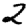
Digit: 2